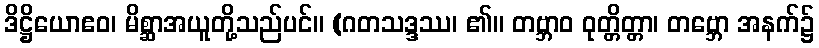
ဒိဋ္ဌိယောဧဝ၊ မိစ္ဆာအယူတို့သည်ပင်။ (ဂတသဒ္ဒဿ၊ ၏။ တဗ္ဘာဝ ဝုတ္တိတ္တာ၊ တဗ္ဘော အနက်၌